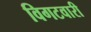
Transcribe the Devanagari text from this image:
विगटवारी